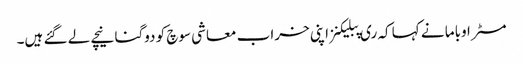
مسٹر اوباما نے کہا کہ ری پبلیکنز اپنی خراب معاشی سوچ کو دوگنا نیچے لے گئے ہیں۔